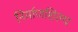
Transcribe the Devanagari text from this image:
निर्माणशिल्प